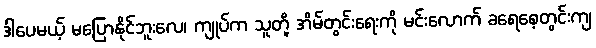
ဒါပေမယ့် မပြောနိုင်ဘူးလေ၊ ကျုပ်က သူတို့ အိမ်တွင်းရေးကို မင်းလောက် ခရေစေ့တွင်းကျ